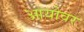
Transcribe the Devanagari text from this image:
आयोवर